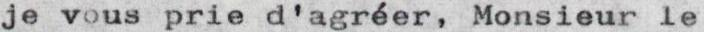
je vous prie d'agréer, Monsieur le